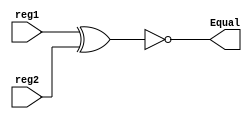
module Equal
(
  input [31:0] reg1,
  input [31:0] reg2,

  output reg Equal
);


always@(*)
	Equal = !(reg1 ^ reg2);  
	
endmodule